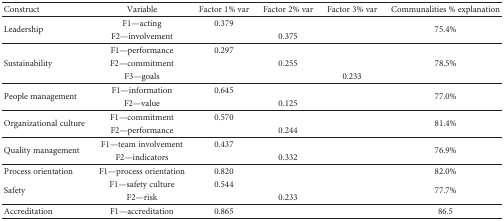
<table><thead><tr><td><b>Construct</b></td><td><b>Variable</b></td><td><b>Factor 1% var</b></td><td><b>Factor 2% var</b></td><td><b>Factor 3% var</b></td><td><b>Communalities % explanation</b></td></tr></thead><tbody><tr><td rowspan="2">Leadership</td><td>F1—acting</td><td>0.379</td><td></td><td></td><td rowspan="2">75.4%</td></tr><tr><td>F2—involvement</td><td></td><td>0.375</td><td></td></tr><tr><td rowspan="3">Sustainability</td><td>F1—performance</td><td>0.297</td><td></td><td></td><td rowspan="3">78.5%</td></tr><tr><td>F2—commitment</td><td></td><td>0.255</td><td></td></tr><tr><td>F3—goals</td><td></td><td></td><td>0.233</td></tr><tr><td rowspan="2">People management</td><td>F1—information</td><td>0.645</td><td></td><td></td><td rowspan="2">77.0%</td></tr><tr><td>F2—value</td><td></td><td>0.125</td><td></td></tr><tr><td rowspan="2">Organizational culture</td><td>F1—commitment</td><td>0.570</td><td></td><td></td><td rowspan="2">81.4%</td></tr><tr><td>F2—performance</td><td></td><td>0.244</td><td></td></tr><tr><td rowspan="2">Quality management</td><td>F1—team involvement</td><td>0.437</td><td></td><td></td><td rowspan="2">76.9%</td></tr><tr><td>F2—indicators</td><td></td><td>0.332</td><td></td></tr><tr><td>Process orientation</td><td>F1—process orientation</td><td>0.820</td><td></td><td></td><td>82.0%</td></tr><tr><td rowspan="2">Safety</td><td>F1—safety culture</td><td>0.544</td><td></td><td></td><td rowspan="2">77.7%</td></tr><tr><td>F2—risk</td><td></td><td>0.233</td><td></td></tr><tr><td>Accreditation</td><td>F1—accreditation</td><td>0.865</td><td></td><td></td><td>86.5</td></tr></tbody></table>